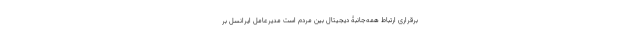
برقراری ارتباط همه‌جانبۀ دیجیتال بین مردم است مدیرعامل ایرانسل بر